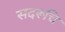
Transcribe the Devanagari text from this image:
सदरूचि